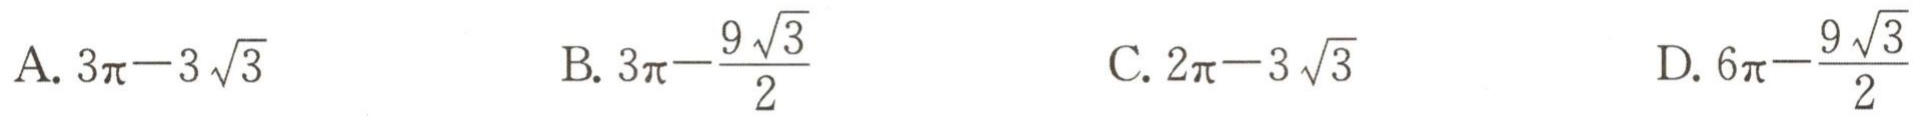
A. \(3\pi - 3\sqrt{3}\)  B. \(3\pi-\frac{9\sqrt{3}}{2}\)  C. \(2\pi - 3\sqrt{3}\)  D. \(6\pi-\frac{9\sqrt{3}}{2}\)